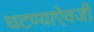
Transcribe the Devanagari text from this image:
घटण्याऐवजी